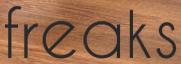
freaks